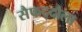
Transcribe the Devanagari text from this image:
सैफद्दौला